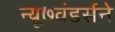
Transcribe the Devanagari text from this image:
न्यू७वंडर्सने